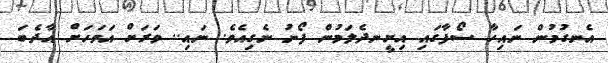
އެނގުމުން ނައިހާ ސޯފާގައި އިށީނދެލަމުން ފޯނު ނެގިއެވެ. ނައި.. ވަރަށް އަވަހަށް އާދެބަ